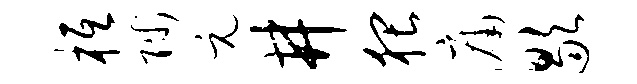
柢陟元井猥庸歇